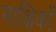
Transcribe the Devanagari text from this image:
माक्षिकों